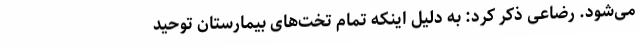
می‌شود. رضاعی ذکر کرد: به دلیل اینکه تمام تخت‌های بیمارستان توحید